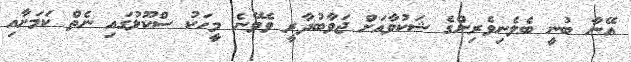
އޭނާ ބުނީ ބެލެނިވެރިންގެ ޝަކުވާއަށް ޖަވާބުދާރީ ވެވޭނެ މީހަކު ސްކޫލުގައި ނެތް ކަމަށާއި